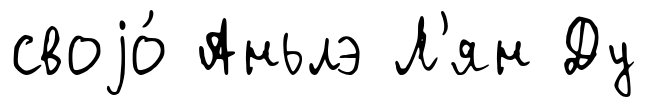
своjо́ Аньлэ Л'ян Ду